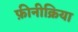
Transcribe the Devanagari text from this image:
फ़ीनीक्रिया